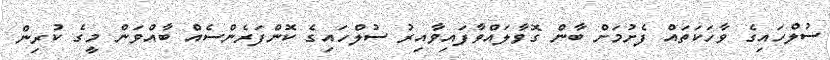
ސުލްހައިގެ ވާހަކަތައް ފެށުމަށް ބާން ގޮވާލައްވާފައިވާއިރު ސުލްހައިގެ ކޮންފަރެންސެއް ބާއްވަން މީގެ ކުރިން